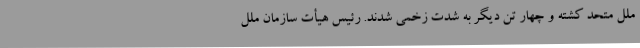
ملل متحد کشته و چهار تن دیگر به شدت زخمی شدند. رئیس هیأت سازمان ملل